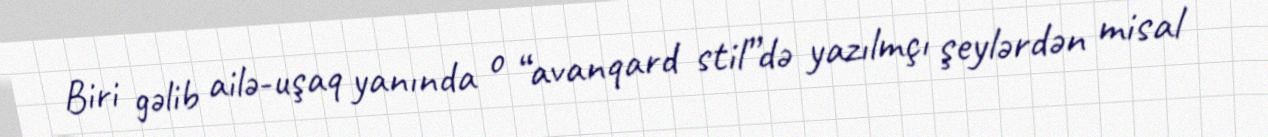
Biri gəlib ailə-uşaq yanında o “avanqard stil”də yazılmçı şeylərdən misal